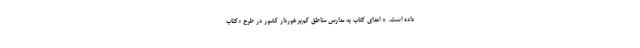
داده است. * اهدای کتاب به مدارس مناطق کم‌برخوردار کشور در طرح «کتاب